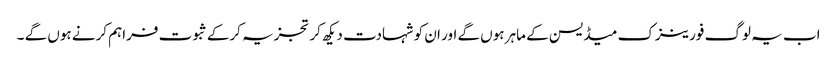
اب یہ لوگ فورینزک میڈیسن کے ماہر ہوں گے اور ان کو شہادت دیکھ کر تجزیہ کرکے ثبوت فراہم کرنے ہوں گے ۔